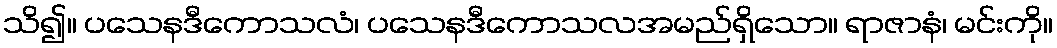
သိ၍။ ပသေနဒီကောသလံ၊ ပသေနဒီကောသလအမည်ရှိသော။ ရာဇာနံ၊ မင်းကို။